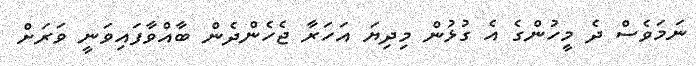
ނަމަވެސް ދެ މީހުންގެ އެ ގުޅުން މިދިޔަ އަހަރާ ޖެހެންދެން ބާއްވާފައިވަނީ ވަރަށް